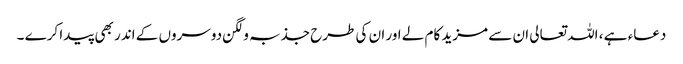
دعاء ہے ، اللہ تعالی ان سے مزید کام لے اور ان کی طرح جذبہ و لگن دوسروں کے اندر بھی پیدا کرے ۔